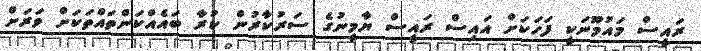
ރައީސް މައުމޫނަކީ ފަހަކަށް އައިސް ރައީސް ޔާމީނުގެ ސަރުކާރުން ކުރާ ބައެއްކަންތައްތަކަށް ވަރަށް